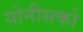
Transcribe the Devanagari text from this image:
योनीसको